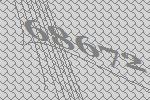
68672